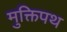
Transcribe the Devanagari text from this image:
मुक्तिपथ